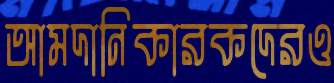
আমদানিকারকদেরও